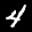
Label: 4